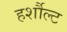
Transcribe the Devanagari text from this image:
हर्शौल्ट